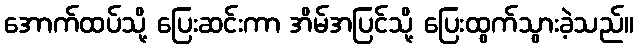
အောက်ထပ်သို့ ပြေးဆင်းကာ အိမ်အပြင်သို့ ပြေးထွက်သွားခဲ့သည်။